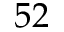
5 2